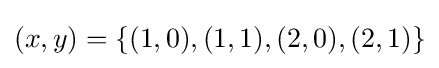
(x,y)=\{(1,0),(1,1),(2,0),(2,1)\}